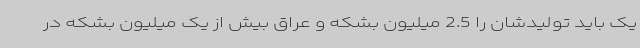
یک باید تولیدشان را 2.5 میلیون بشکه و عراق بیش از یک میلیون بشکه در